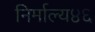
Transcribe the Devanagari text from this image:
निर्माल्य४६